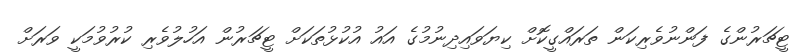
ޓީޗަރުންގެ ފަންނުވެރިކަން ތަރައްގީކޮށް ކިޔަވައިދިނުމުގެ އައު އުކުޅުތަކަށް ޓީޗަރުން އަހުލުވެރި ކުރުވުމަކީ ވަރަށް